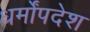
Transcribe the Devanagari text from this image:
धर्मोंपदेश